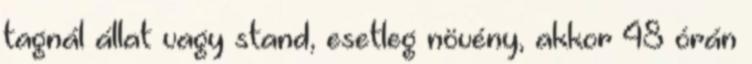
tagnál állat vagy stand, esetleg növény, akkor 48 órán